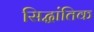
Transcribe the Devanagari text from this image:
सिद्धांतिक